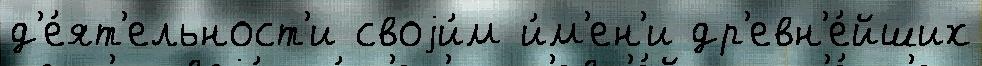
д'е́ят'ельност'и своjи́м и́м'ен'и др'евн'е́йших